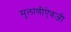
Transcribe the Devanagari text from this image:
मुलाणीऐवजी